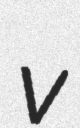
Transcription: v